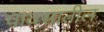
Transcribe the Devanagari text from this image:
पावसातील